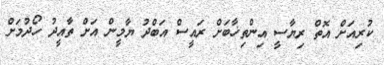
ކުރިއަށް އޮތް ރިޔާސީ އިންތިޚާބަށް ރައީސް އަބްދު ޔާމީން އަށް ތާއީދު ހޯދުމަށް